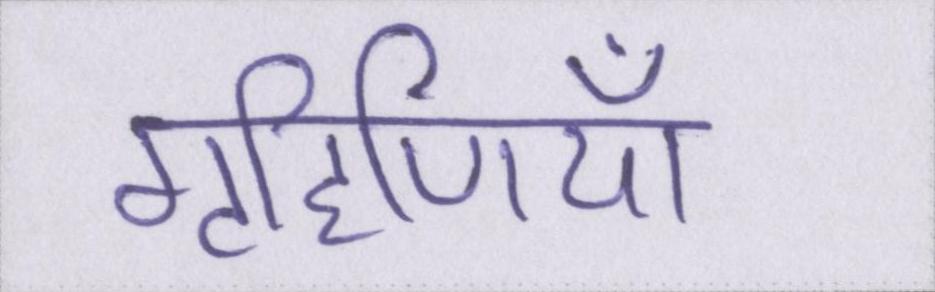
गृहिणियाँ